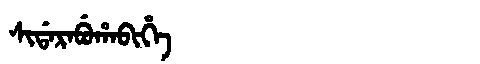
Manchu: ᠰᡳᡩᠠᡵᠠᠪᡠᡥᠠᠪᡳᡥᡝ
Romanization: SIDARABUHABIHE